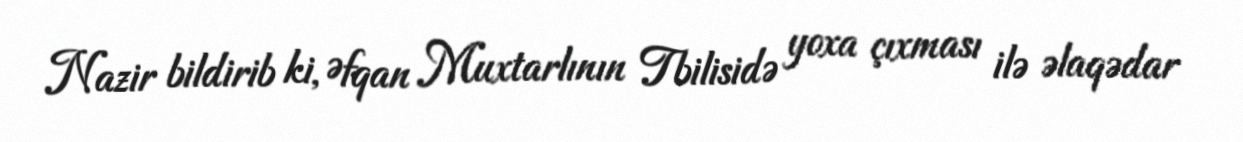
Nazir bildirib ki, Əfqan Muxtarlının Tbilisidə yoxa çıxması ilə əlaqədar